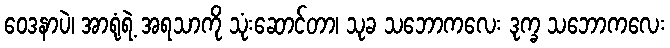
ဝေဒနာပဲ၊ အာရုံရဲ့ အရသာကို သုံးဆောင်တာ၊ သုခ သဘောကလေး ဒုက္ခ သဘောကလေး